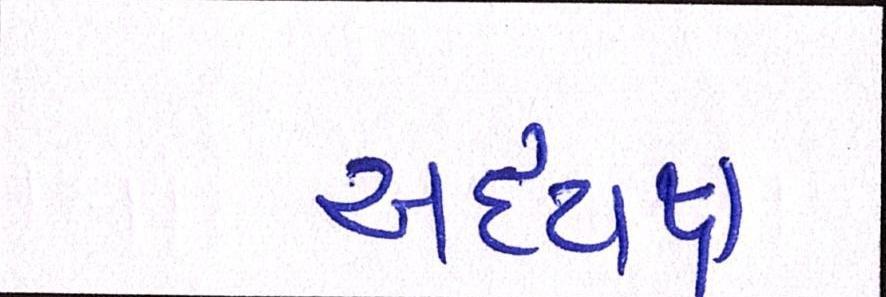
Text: અધ્યક્ષ